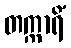
တက္ကာရိံ